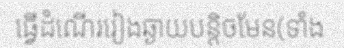
ធ្វើដំណើររៀងឆ្ងាយបន្តិចមែន(ទាំង